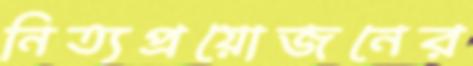
নিত্যপ্রয়োজনের